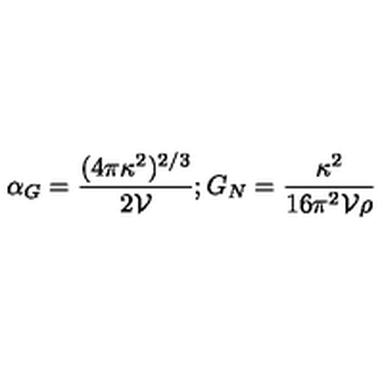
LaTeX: \alpha _ { G } = { \frac { ( 4 \pi \kappa ^ { 2 } ) ^ { 2 / 3 } } { 2 \mathcal { V } } } ; G _ { N } = { \frac { \kappa ^ { 2 } } { 1 6 \pi ^ { 2 } \mathcal { V } \rho } }